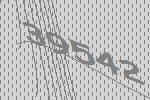
39542